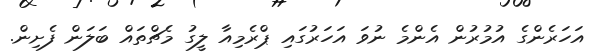
އަހަރެންގެ އުމުރުން އެންމެ ނުވަ އަހަރުގައި ޕްރެމިއާ ލީގު މެޗްތައް ބަލަން ފެށިން.